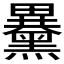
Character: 𪒕